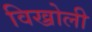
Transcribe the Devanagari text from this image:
विख्रोली